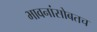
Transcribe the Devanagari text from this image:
भावनांसोबतच